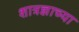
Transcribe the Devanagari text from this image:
शात्रज्ञाच्या